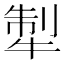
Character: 𤙲